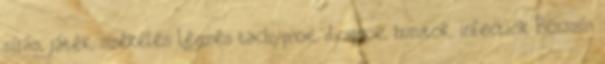
sírás, játék, székelés Légzés tachypnoe, dyspnoe, hurutok, infectiók Bőrszín